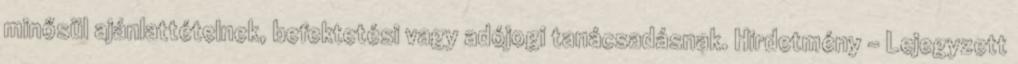
minősül ajánlattételnek, befektetési vagy adójogi tanácsadásnak. Hirdetmény - Lejegyzett